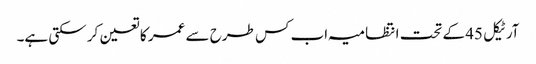
آرٹیکل 45 کے تحت انتظامیہ اب کس طرح سے عمر کا تعین کر سکتی ہے۔